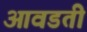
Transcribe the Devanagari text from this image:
आवडतीं